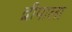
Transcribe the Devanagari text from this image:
द्वीपाला